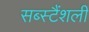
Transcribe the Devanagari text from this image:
सब्स्टैंशली